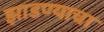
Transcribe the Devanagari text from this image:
झाडण्याचा